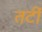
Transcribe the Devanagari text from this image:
तटीं